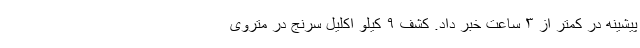
پیشینه در کمتر از ۳ ساعت خبر داد. کشف ۹ کیلو اکلیل سرنج در متروی